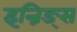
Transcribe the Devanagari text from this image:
इन्निङ्स